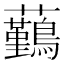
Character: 𧅻